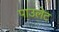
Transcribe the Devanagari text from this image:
पाउलेट